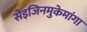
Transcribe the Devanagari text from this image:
सेइजिनमुकेमांगा